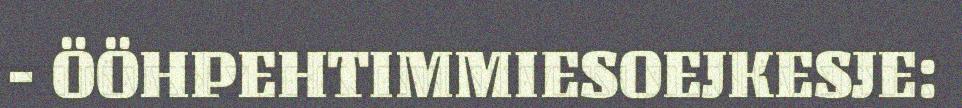
- ÖÖHPEHTIMMIESOEJKESJE: